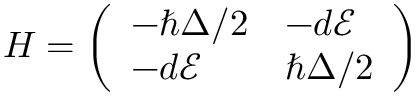
H = \left( \begin{array} { l l } { - \hbar \Delta / 2 } & { - d \mathcal { E } } \\ { - d \mathcal { E } } & { \hbar \Delta / 2 } \end{array} \right)